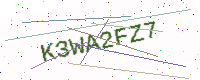
Text: K3WA2FZ7